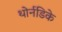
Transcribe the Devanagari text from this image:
थोर्नडिके